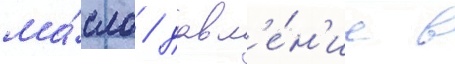
ма́сло / давл'е́н'ие в